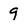
Character: 9